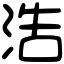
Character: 浩